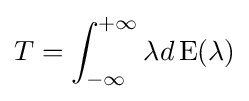
T=\int _{-\infty }^{+\infty }\lambda d\operatorname {E} (\lambda )